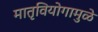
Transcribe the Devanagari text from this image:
मातृवियोगामुळे